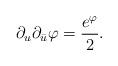
LaTeX: \begin{align*}\partial_u\partial_{\bar u}\varphi={e^\varphi\over 2}.\end{align*}